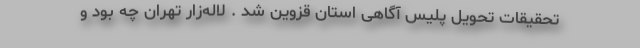
تحقیقات تحویل پلیس آگاهی استان قزوین شد . لاله‌زار تهران چه بود و